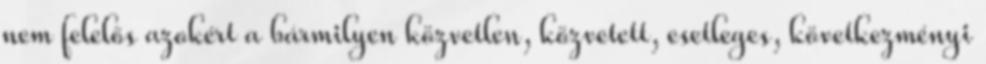
nem felelős azokért a bármilyen közvetlen, közvetett, esetleges, következményi